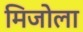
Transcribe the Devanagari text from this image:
मिजोला